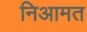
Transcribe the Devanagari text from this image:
निआमत